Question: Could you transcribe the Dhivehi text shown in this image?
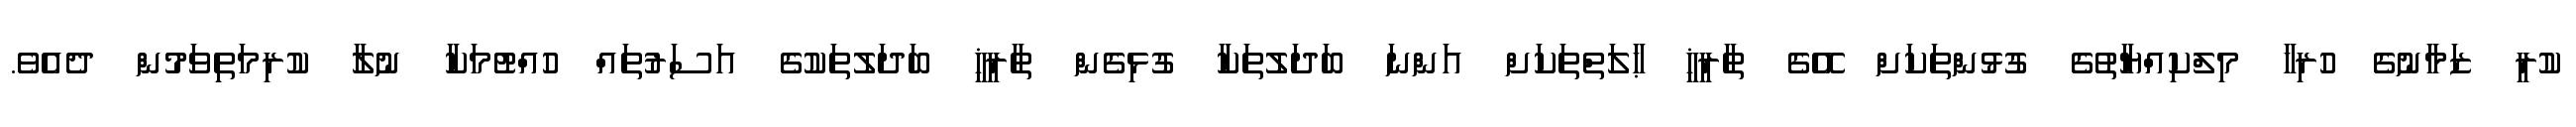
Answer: ކުރީ ޒަމާނުގެ ހުރިހާ މިލްކިއްޔާތުގެ ގުޅުންތަކަށް އޭގެ ތާރީޚީ ޙާލަތްތަކަށް އަންނަ ބަދަލުތަކާ ގުޅިގެން ތާރީޚީ ބަދަލުތަކުގެ އަސަރުތައް ހުއްޓުމަކާ ނުލާ ކުރިމަތިވަމުން ދެއެވެ.